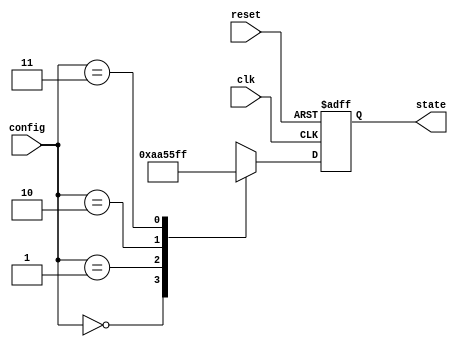
module ConfigurableInitialConditions (
    input wire clk,          // Clock signal
    input wire reset,        // Reset signal
    input wire [1:0] config, // Config signal to select initial conditions
    output reg [7:0] state   // State variable (8-bit for example)
);

// Define initial conditions based on config signal
localparam INIT_STATE_0 = 8'h00; // Initial state for config = 00
localparam INIT_STATE_1 = 8'hAA; // Initial state for config = 01
localparam INIT_STATE_2 = 8'h55; // Initial state for config = 10
localparam INIT_STATE_3 = 8'hFF; // Initial state for config = 11

// Always block for synchronous reset and state initialization
always @(posedge clk or posedge reset) begin
    if (reset) begin
        // Reset state to a default initial condition
        state <= INIT_STATE_0; // Default reset state
    end else begin
        // Set state based on config signal
        case (config)
            2'b00: state <= INIT_STATE_0; // Set state to INIT_STATE_0
            2'b01: state <= INIT_STATE_1; // Set state to INIT_STATE_1
            2'b10: state <= INIT_STATE_2; // Set state to INIT_STATE_2
            2'b11: state <= INIT_STATE_3; // Set state to INIT_STATE_3
            default: state <= INIT_STATE_0; // Default case
        endcase
    end
end

endmodule